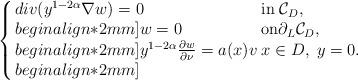
LaTeX: \begin{align*}\left\{ \arraycolsep=1.5pt\begin{array}{lll}div(y^{1-2\alpha}\nabla w)=0 \;\; &{\rm in}\; \mathcal C_D , \\begin{align*}2mm] w=0 & {\rm on}\partial_L \mathcal C_D , \\begin{align*}2mm] y^{1-2\alpha}\frac{\partial w}{\partial \nu}=a(x)v & x\in D,\; y=0.\\begin{align*}2mm] \end{array} \right. \end{align*}